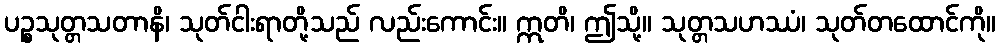
ပဉ္စသုတ္တသတာနိ၊ သုတ်ငါးရာတို့သည် လည်းကောင်း။ ဣတိ၊ ဤသို့။ သုတ္တသဟဿံ၊ သုတ်တထောင်ကို။